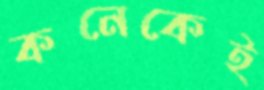
কনেকেই